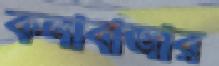
কলাবাজার